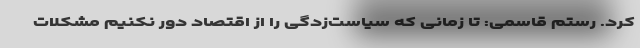
کرد. رستم قاسمی: تا زمانی که سیاست‌زدگی را از اقتصاد دور نکنیم مشکلات